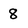
Character: 8